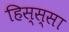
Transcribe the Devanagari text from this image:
हिस्स्सा